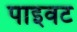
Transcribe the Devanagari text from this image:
पाइवट